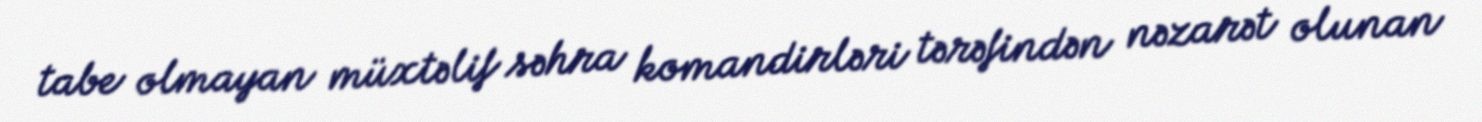
tabe olmayan müxtəlif səhra komandirləri tərəfindən nəzarət olunan